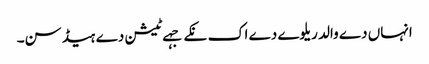
انہاں دے والد ریلوے دے اک نکے جہے ٹیشن دے ہیڈ سن۔